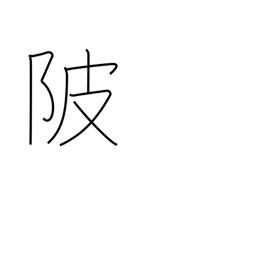
Meaning: levee